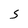
Character: S